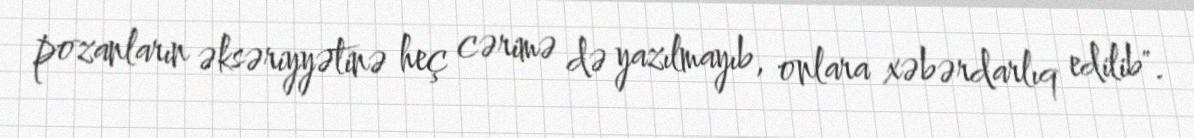
pozanların əksəriyyətinə heç cərimə də yazılmayıb, onlara xəbərdarlıq edilib".